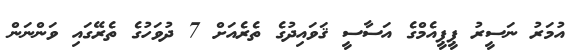
އުމަރު ނަސީރު ޕީޕީއެމްގެ އަސާސީ ޤަވައިދުގެ ތެރެއަށް 7 ދުވަހުގެ ތެރޭގައި ވަންނަން